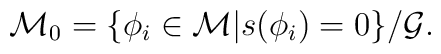
{\cal M}_0=\{\phi_i\in{\cal M}|s(\phi_i)=0\}/{\cal G}.